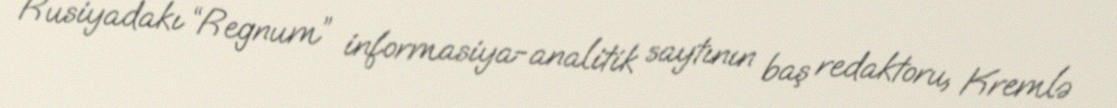
Rusiyadakı “Regnum” informasiya-analitik saytının baş redaktoru, Kremlə